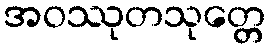
အဝဿုတသုတ္တေ